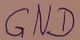
Text: GND